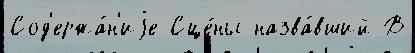
Сод'ержа́н'иjе Сце́ны назва́вший В